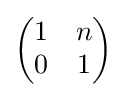
{\begin{pmatrix}1&n\\0&1\end{pmatrix}}